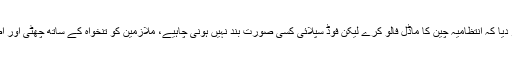
لاہور ہائیکورٹ نے قرار دیا کہ انتظامیہ چین کا ماڈل فالو کرے لیکن فوڈ سپلائی کسی صورت بند نہیں ہونی چاہیے، ملازمین کو تنخواہ کے ساتھ چھٹی اور اضافی رقم بھی دی جائے۔